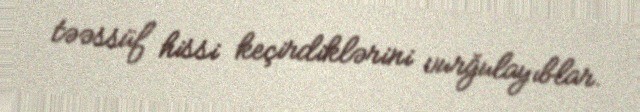
təəssüf hissi keçirdiklərini vurğulayıblar.